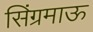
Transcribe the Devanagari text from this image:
सिंग्रमाऊ